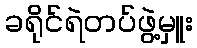
ခရိုင်ရဲတပ်ဖွဲ့မှူး